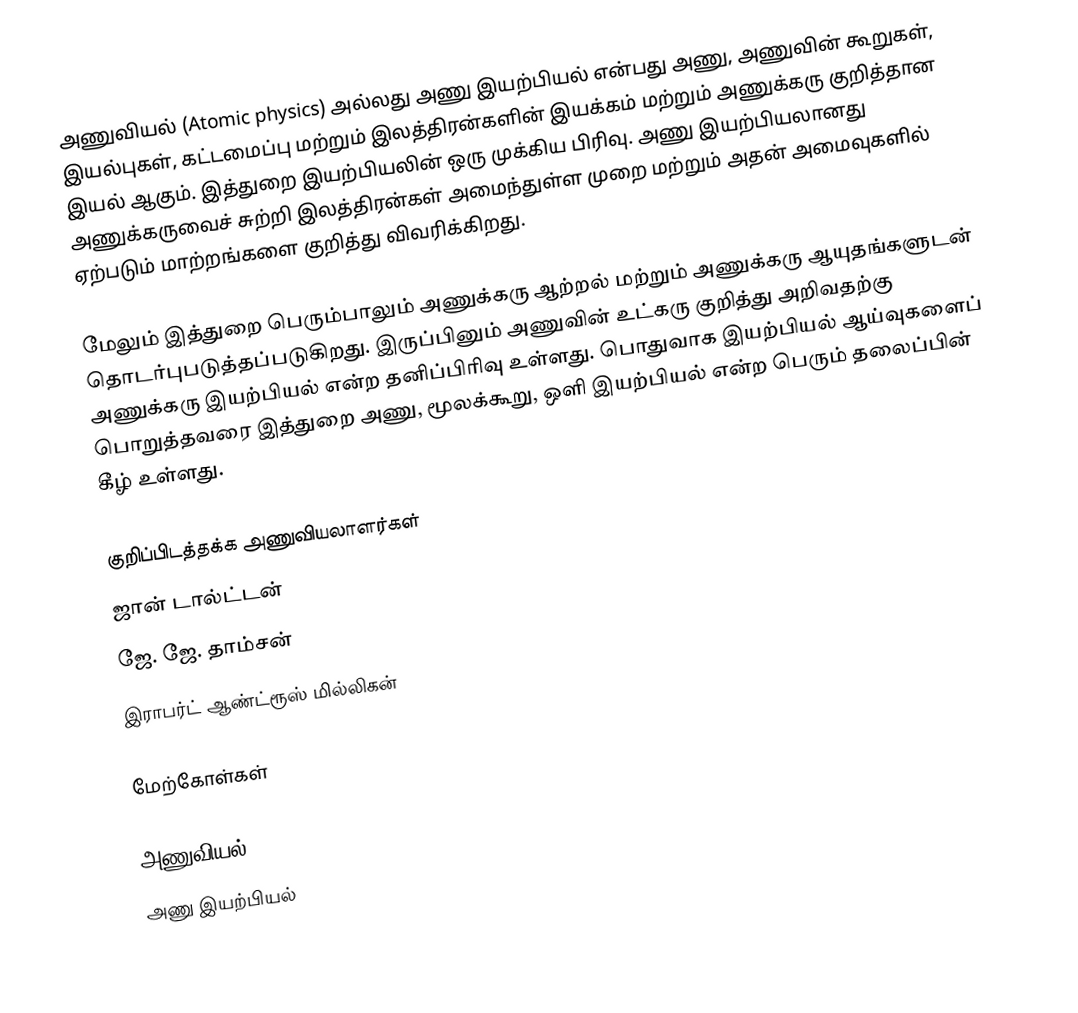
அணுவியல் (Atomic physics) அல்லது அணு இயற்பியல் என்பது அணு, அணுவின் கூறுகள், இயல்புகள், கட்டமைப்பு மற்றும் இலத்திரன்களின் இயக்கம் மற்றும் அணுக்கரு குறித்தான இயல் ஆகும். இத்துறை இயற்பியலின் ஒரு முக்கிய பிரிவு. அணு இயற்பியலானது அணுக்கருவைச் சுற்றி இலத்திரன்கள் அமைந்துள்ள முறை மற்றும் அதன் அமைவுகளில் ஏற்படும் மாற்றங்களை குறித்து விவரிக்கிறது.

மேலும் இத்துறை பெரும்பாலும் அணுக்கரு ஆற்றல் மற்றும் அணுக்கரு ஆயுதங்களுடன் தொடர்புபடுத்தப்படுகிறது. இருப்பினும் அணுவின் உட்கரு குறித்து அறிவதற்கு அணுக்கரு இயற்பியல் என்ற தனிப்பிரிவு உள்ளது. பொதுவாக இயற்பியல் ஆய்வுகளைப் பொறுத்தவரை இத்துறை அணு, மூலக்கூறு, ஒளி இயற்பியல் என்ற பெரும் தலைப்பின் கீழ் உள்ளது.

குறிப்பிடத்தக்க அணுவியலாளர்கள்
 ஜான் டால்ட்டன்
 ஜே. ஜே. தாம்சன்
 இராபர்ட் ஆண்ட்ரூஸ் மில்லிகன்

மேற்கோள்கள்

அணுவியல்
அணு இயற்பியல்